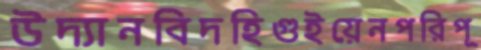
উদ্যানবিদহিগুইয়েনপরিপূ